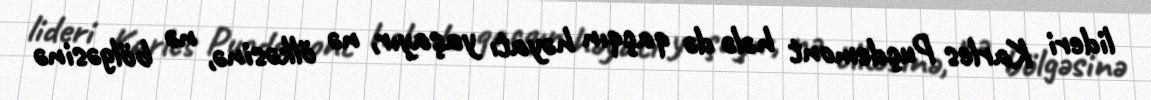
lideri Karles Puçdemont hələ də qaçqın həyatı yaşayır, nə ölkəsinə, nə bölgəsinə